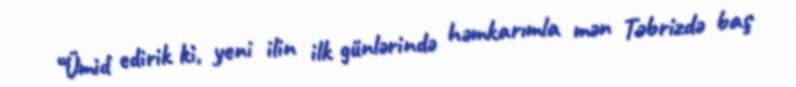
“Ümid edirik ki, yeni ilin ilk günlərində həmkarımla mən Təbrizdə baş